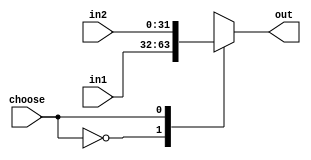
module select2_32(
input [31:0] in1,
input [31:0] in2,
input choose,
output reg [31:0] out
);

always@(in1 or in2 or choose)
case(choose)
1'b0:out=in1;
1'b1:out=in2;
default:out=32'b0;
endcase
endmodule